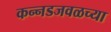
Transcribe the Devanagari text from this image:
कन्नडजवळच्या